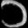
Digit: ၁